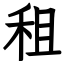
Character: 租